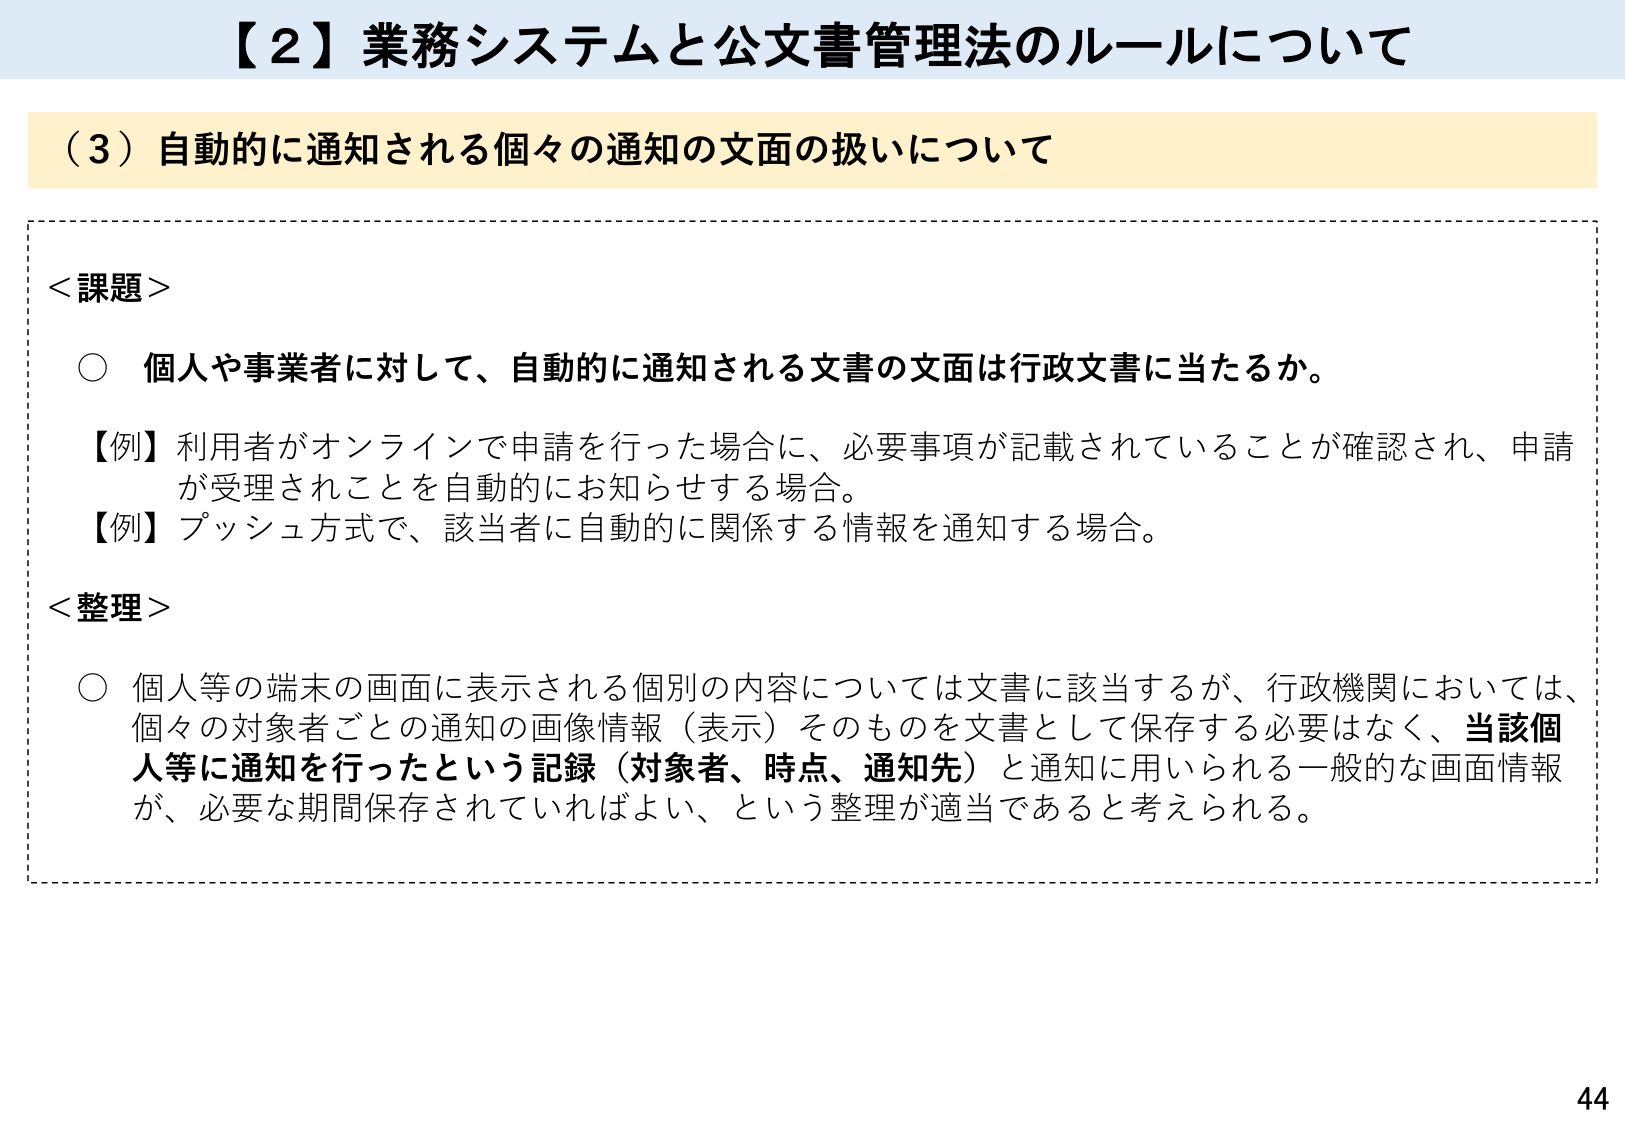
【２】業務システムと公文書管理法のルールについて

（３）自動的に通知される個々の通知の文面の扱いについて

＜課題＞
○ 個人や事業者に対して、自動的に通知される文書の文面は行政文書に当たるか。
【例】利用者がオンラインで申請を行った場合に、必要事項が記載されていることが確認され、申請が受理されたことを自動的にお知らせする場合。
【例】プッシュ方式で、該当者に自動的に関係する情報を通知する場合。

＜整理＞
○ 個人等の端末の画面に表示される個別の内容については文書に該当するが、行政機関においては、個々の対象者ごとの通知の画像情報（表示）そのものを文書として保存する必要はなく、当該個人等に通知を行ったという記録（対象者、時点、通知先）と通知に用いられる一般的な画面情報が、必要な期間保存されていればよい、という整理が適当であると考えられる。

44